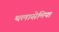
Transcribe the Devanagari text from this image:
थलासेमिया